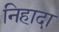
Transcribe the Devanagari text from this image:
निहादा